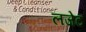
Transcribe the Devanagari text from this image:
लजेट